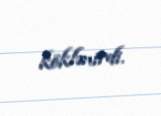
köklənirdi.